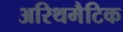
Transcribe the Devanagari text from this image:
अरिथमैटिक